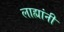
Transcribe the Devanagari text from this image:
लाह्यांनी